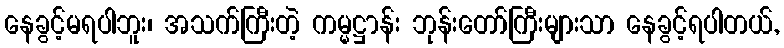
နေခွင့်မရပါဘူး၊ အသက်ကြီးတဲ့ ကမ္မဋ္ဌာန်း ဘုန်းတော်ကြီးများသာ နေခွင့်ရပါတယ်,